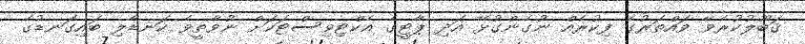
ޤަބޫލުކުރެވޭ ވައްތަރުގެ ފިކުރެއް ނުގެންގުޅޭ އަދި ޕާޓީގެ އެކްޓިވިސްޓަކަށް ނުވާތީވެ ކަނޑާލި ބައިގަނޑުގެ